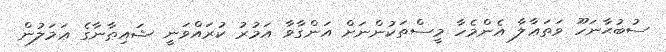
ސުބުޙާނަހޫ ވަތަޢާލާ އެންމެހާ މީސްތަކުންނަށް އަންގާވާ އަމުރު ކުރައްވަނީ ޝައިޠާނާގެ ޢަމަލުން